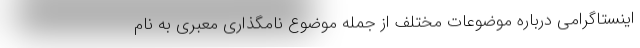
اینستاگرامی درباره موضوعات مختلف از جمله موضوع نامگذاری معبری به نام